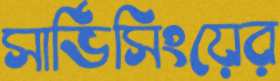
সার্ভিসিংয়ের